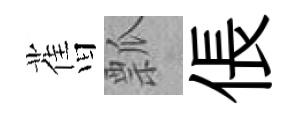
𦾔瓢倀